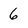
Character: 6